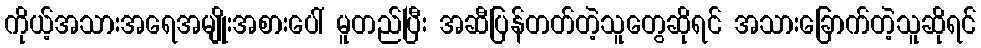
ကိုယ့်အသားအရေအမျိုးအစားပေါ် မူတည်ပြီး အဆီပြန်တတ်တဲ့သူတွေဆိုရင် အသားခြောက်တဲ့သူဆိုရင်